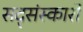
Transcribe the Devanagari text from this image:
सद्संस्कारों